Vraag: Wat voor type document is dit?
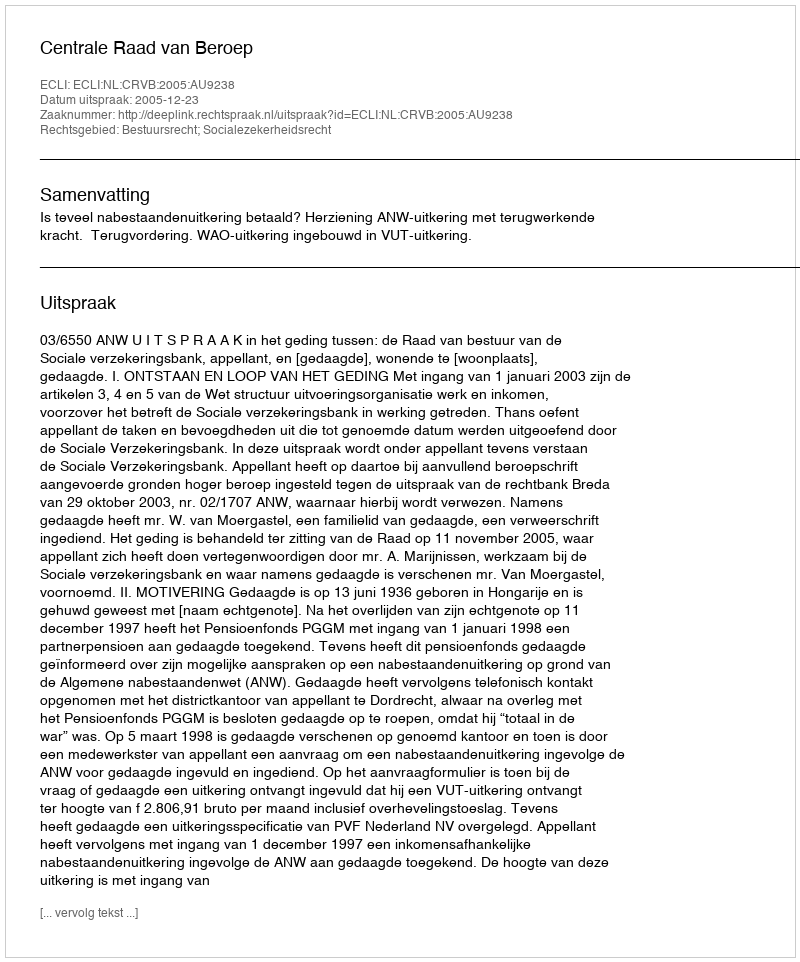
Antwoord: Uitspraak